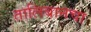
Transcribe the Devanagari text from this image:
तालिबानचा